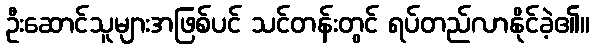
ဦးဆောင်သူများအဖြစ်ပင် သင်တန်းတွင် ရပ်တည်လာနိုင်ခဲ့၏။